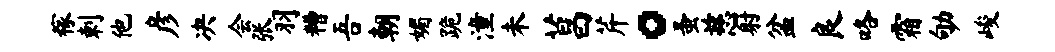
稼剌他彦决会张羽糟吾朝媚跪潼未菖芹。蚤慈射盆良咯霜劬峻